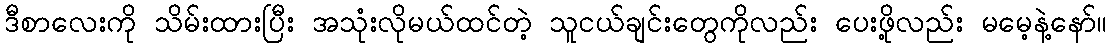
ဒီစာလေးကို သိမ်းထားပြီး အသုံးလိုမယ်ထင်တဲ့ သူငယ်ချင်းတွေကိုလည်း ပေးဖို့လည်း မမေ့နဲ့နော်။